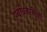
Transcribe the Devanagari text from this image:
पुर्वधिकारियों